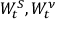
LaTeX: W _ { t } ^ { S } , W _ { t } ^ { \nu }